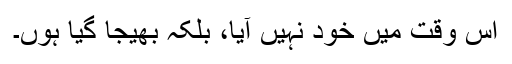
اس وقت میں خود نہیں آیا، بلکہ بھیجا گیا ہوں۔